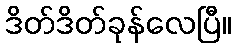
ဒိတ်ဒိတ်ခုန်လေပြီ။